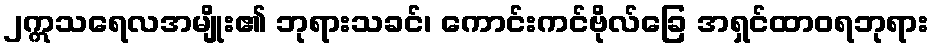
၂ဣသရေလအမျိုး၏ ဘုရားသခင်၊ ကောင်းကင်ဗိုလ်ခြေ အရှင်ထာဝရဘုရား